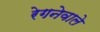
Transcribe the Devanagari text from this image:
रेगनेवाले